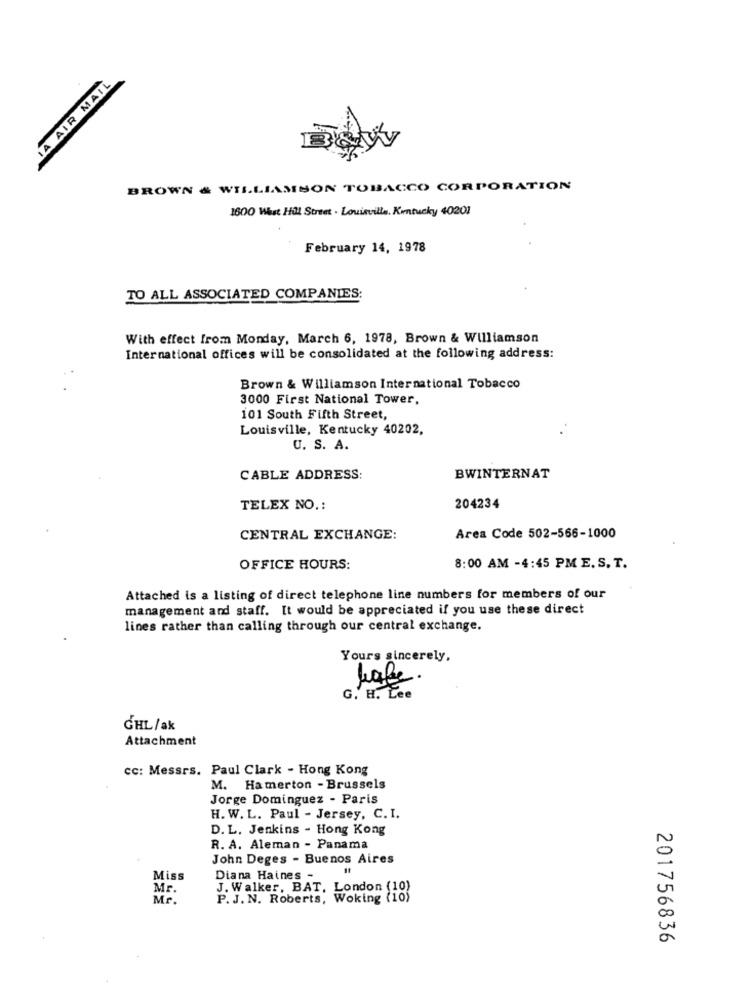
14 AIR MAIL
BROWN & WILLIAMSON TOBACCO CORPORATION
1600 West Hill Street . Louisville, Kentucky 40201
February 14, 1978
TO ALL ASSOCIATED COMPANIES:
With effect from Monday, March 6, 1978, Brown & Williamson
International offices will be consolidated at the following address:
Brown & Williamson International Tobacco
3000 First National Tower,
101 South Fifth Street,
Louisville, Kentucky 40202,
U. S. A.
CABLE ADDRESS:
BWINTERNAT
TELEX NO .:
204234
CENTRAL EXCHANGE:
Area Code 502-566-1000
OFFICE HOURS:
8:00 AM -4:45 PM E. S. T.
Attached is a listing of direct telephone line numbers for members of our
management and staff. It would be appreciated if you use these direct
lines rather than calling through our central exchange.
Yours sincerely,
lake
G. H. Lee
GHL/ak
Attachment
cc: Messrs. Paul Clark - Hong Kong
M. Ha merton - Brussels
Jorge Dominguez - Paris
H. W. L. Paul - Jersey, C. I.
D. L. Jenkins - Hong Kong
R. A. Aleman - Panama
John Deges - Buenos Aires
Miss
Diana Haines -
Mr
J. Walker, BAT, London (10)
Mr.
P. J. N. Roberts, Woking (10)
201756836